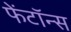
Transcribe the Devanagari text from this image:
फेंटॉन्स